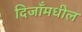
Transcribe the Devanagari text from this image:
दिजाँमधील